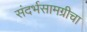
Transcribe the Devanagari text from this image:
संदर्भसामग्रीचा